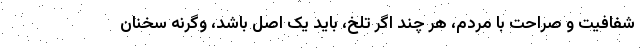
شفافیت و صراحت با مردم، هر چند اگر تلخ، باید یک اصل باشد، وگرنه سخنان